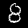
Digit: 8